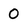
Character: 0